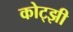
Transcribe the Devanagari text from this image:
कोट्झी